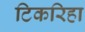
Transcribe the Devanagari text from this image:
टिकरिहा